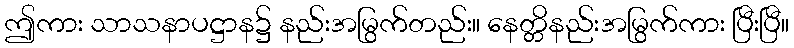
ဤကား သာသနာပဋ္ဌာန၌ နည်းအမြွက်တည်း။ နေတ္တိနည်းအမြွက်ကား ပြီးပြီ။